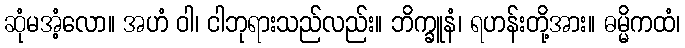
ဆုံမအံ့လော။ အဟံ ဝါ၊ ငါဘုရားသည်လည်း။ ဘိက္ခူနံ၊ ရဟန်းတို့အား။ ဓမ္မိကထံ၊